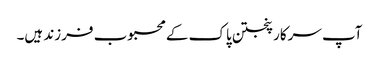
آپ سرکار پنجتن پاک کے محبوب فرزند ہیں۔